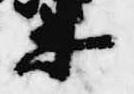
衛